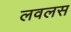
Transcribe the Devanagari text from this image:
लवलस